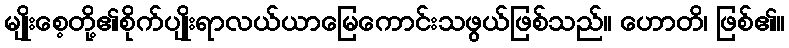
မျိုးစေ့တို့၏စိုက်ပျိုးရာလယ်ယာမြေကောင်းသဖွယ်ဖြစ်သည်။ ဟောတိ၊ ဖြစ်၏။